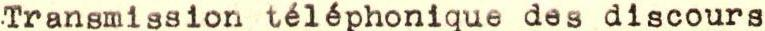
Transmission téléphonique des discours